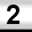
Digit: 2